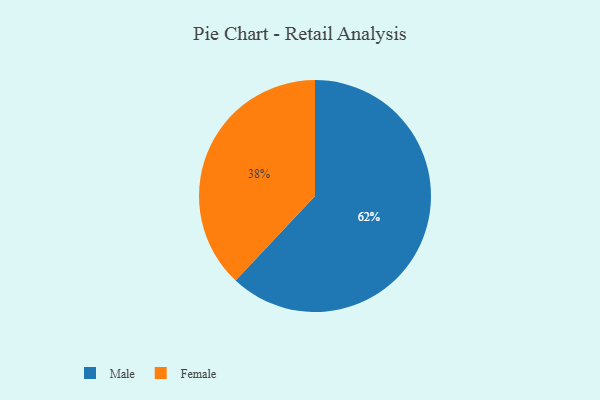
{"axis": {"x": "Category", "y": "Percentage"}, "legend": ["Female", "Male"], "data": [{"x": "Female", "y": 38, "type": "Female"}, {"x": "Male", "y": 62, "type": "Male"}]}